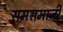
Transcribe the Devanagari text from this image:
समसमाजी